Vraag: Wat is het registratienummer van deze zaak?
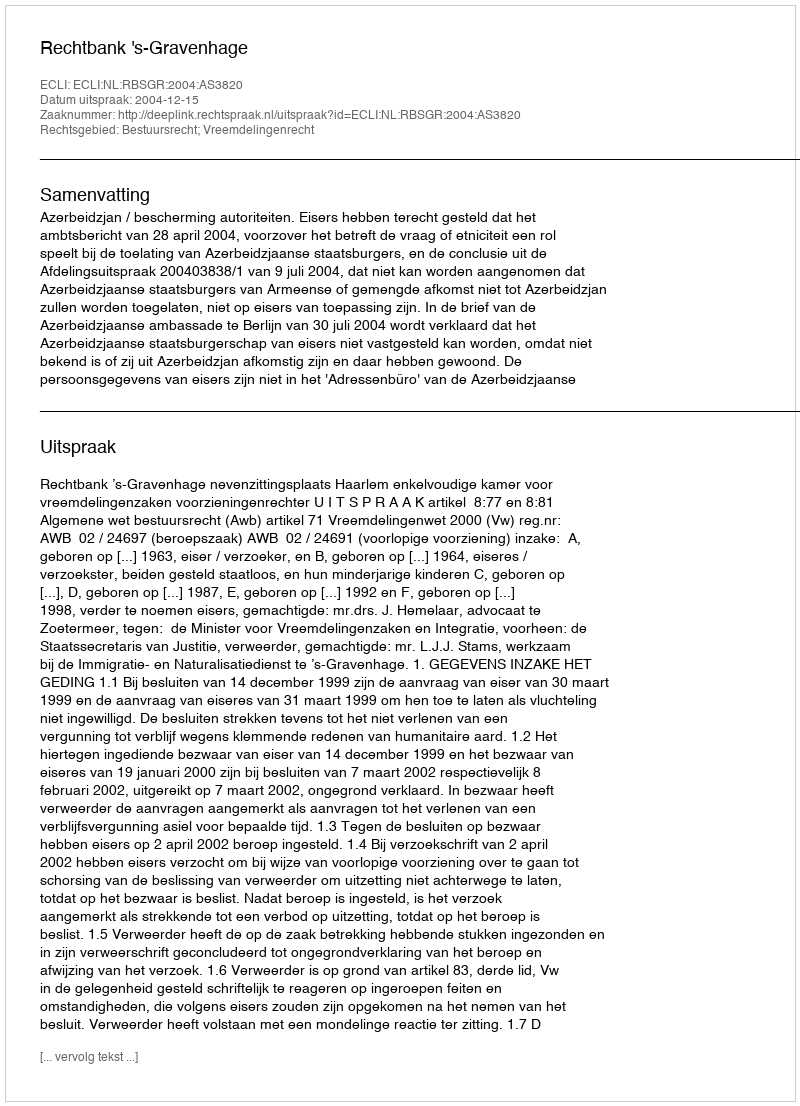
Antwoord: http://deeplink.rechtspraak.nl/uitspraak?id=ECLI:NL:RBSGR:2004:AS3820